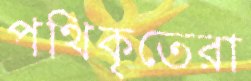
পথিকৃতেরা